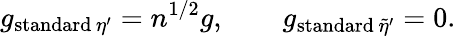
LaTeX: g_{\mathrm{standard}\, \eta^{\prime}}=n^{1/2}g,\qquad g_{\mathrm{standard}\, \tilde{\eta}^{\prime}}=0.